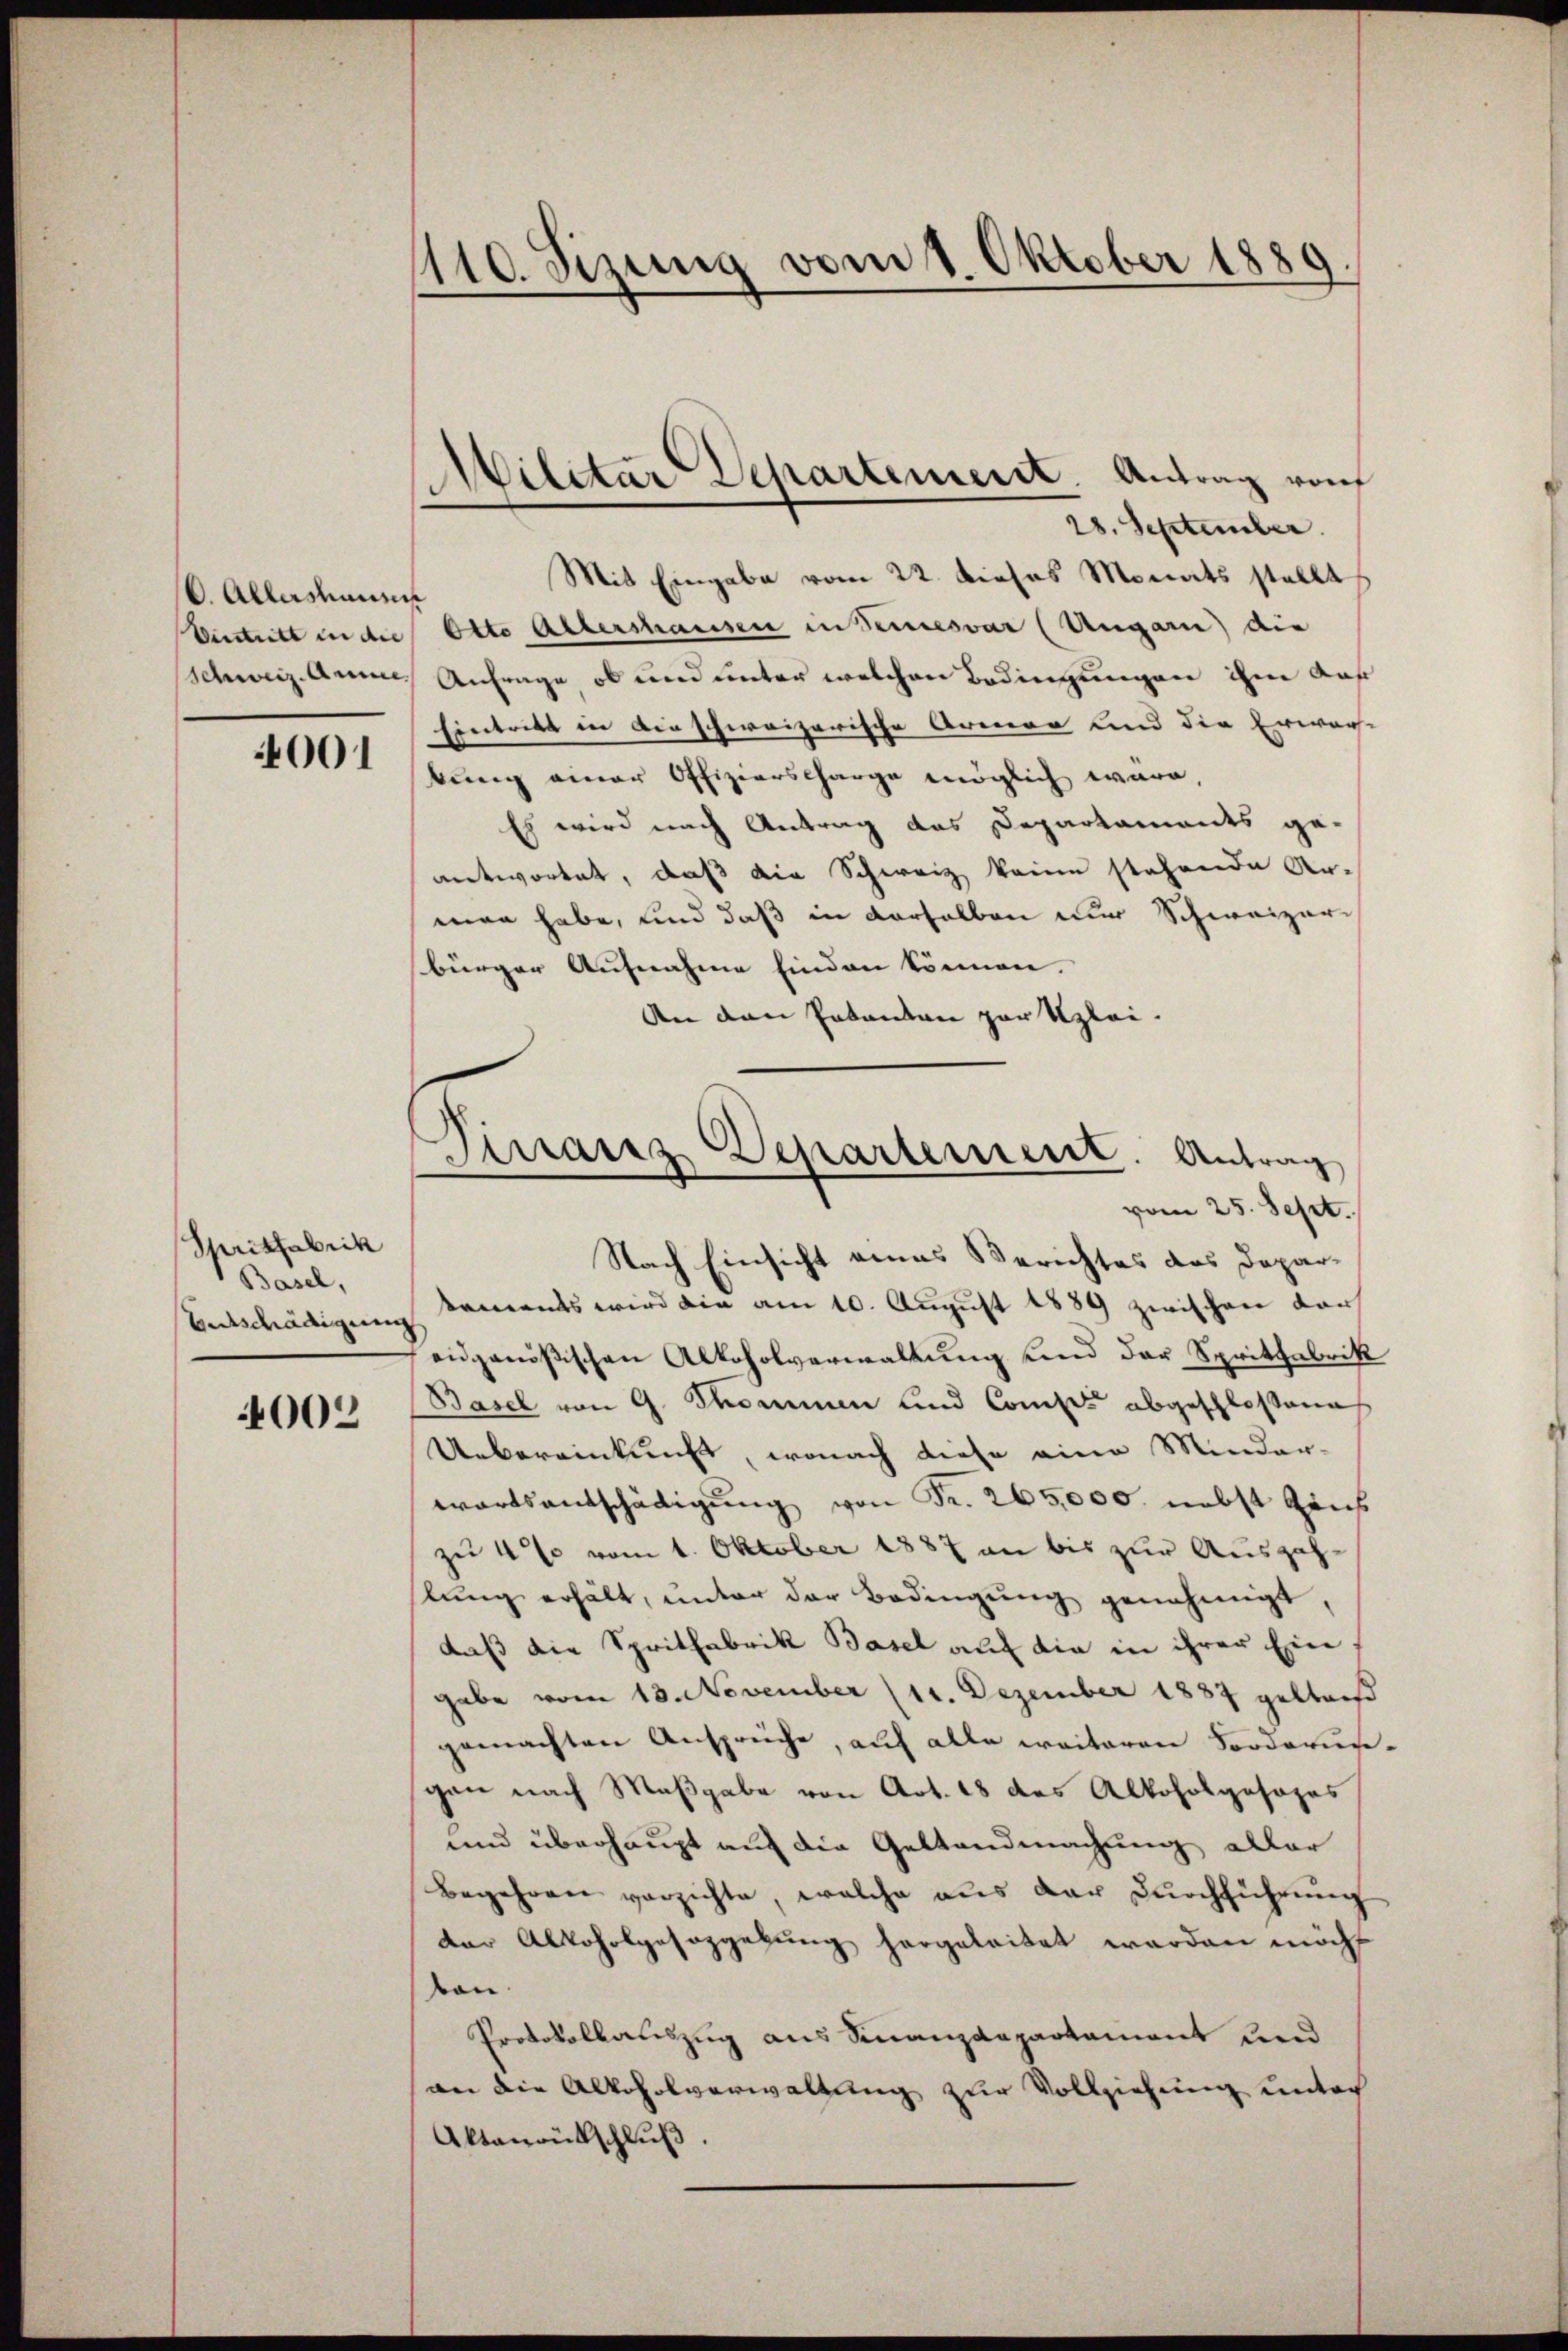
6. Allershausen
Viestritt in die
schweiz. Anne

001

Spritfabrik
Basel,
Entschädigung

002

110. Sizung vom 1. Oktober 1889.

Militar Departement. Antrag vom

28. September.
Mit Eingabe vom 22. Dieses Monats stellt
Otto Altershausen in Semesvár (Ungari) die
Anfrage ob und unter welchen Bedingungen ihm auf
Eintritt in dieschweizerische Armen und die Erwar-
bung einer Offizierscharge möglich ware,
Es wird nach Antrag das Departaments ge-
antwortet, daß die Schweiz keine stehende Ar-
man habe, und daß in derselben nur Schweizer-
bürger Aufnahme finden können.
An den Patenten zur Klei¬
Nach Einsicht eines Berichtes das Deparkaments wird die am 10. August 1889 zwischen Vors
eidgenößischen Alkoholverwaltung und der Spritfabrik
Basel von G. Thommen und Comp. abgeschlossene
Uebereinkunft, wonach diese eine Minder-
wärtsantschädigŭng von Fr. 265,000. nebst Zins
zu 4% vom 1. Oktober 1887 an bis zur Auszahslung erhält, unter der Bedingung genehmigt,
daß die Spritfabrik Basel auf die in ihrer Ein
gabe vom 13. November (11. Dezember 1887 gelters
gemachten Ansprüche, auf alle weiteren Forderungen nach Maßgabe von Art. 18 des Alkoholgesages
und überhaupt auf die Geltendmachung aller
Begehren verzichte, welche aus der Durchführung
der Alkoholgesezgebung hergeleitet werden möcht
von.
Protokollauszug aus Finanzdepartament und
an die Alkoholverwaltung zur Vollziehung unter
Aktaŭrütschlŭβ

Tirranz Departement. Antrag
vom 25. Sept.